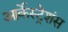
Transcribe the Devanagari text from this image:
आर्केस्ट्रेशंस